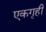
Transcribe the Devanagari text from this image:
एकगृही